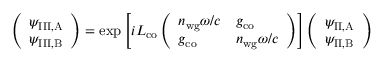
\left( \begin{array} { l } { \psi _ { \mathrm { I I I , A } } } \\ { \psi _ { \mathrm { I I I , B } } } \end{array} \right) = \exp { \left[ i L _ { \mathrm { c o } } \left( \begin{array} { l l } { n _ { \mathrm { w g } } \omega / c } & { g _ { \mathrm { c o } } } \\ { g _ { \mathrm { c o } } } & { n _ { \mathrm { w g } } \omega / c } \end{array} \right) \right] } \left( \begin{array} { l } { \psi _ { \mathrm { I I , A } } } \\ { \psi _ { \mathrm { I I , B } } } \end{array} \right)